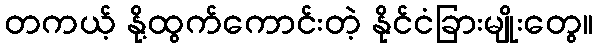
တကယ့် နို့ထွက်ကောင်းတဲ့ နိုင်ငံခြားမျိုးတွေ။